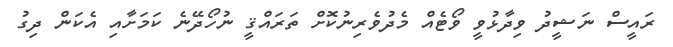
ރައީސް ނަޝީދު ވިދާޅުވީ ވޯޓެއް މެދުވެރިނުކޮށް ތަރައްޤީ ނުހޯދޭނެ ކަމަށާއި އެކަން ދިގު